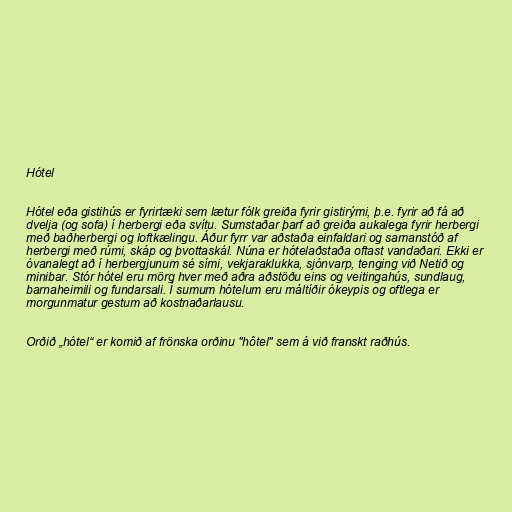
Hótel

Hótel eða gistihús er fyrirtæki sem lætur fólk greiða fyrir gistirými, þ.e. fyrir að fá að
dvelja (og sofa) í herbergi eða svítu. Sumstaðar þarf að greiða aukalega fyrir herbergi
með baðherbergi og loftkælingu. Áður fyrr var aðstaða einfaldari og samanstóð af
herbergi með rúmi, skáp og þvottaskál. Núna er hótelaðstaða oftast vandaðari. Ekki er
óvanalegt að í herbergjunum sé sími, vekjaraklukka, sjónvarp, tenging við Netið og
minibar. Stór hótel eru mörg hver með aðra aðstöðu eins og veitingahús, sundlaug,
barnaheimili og fundarsali. Í sumum hótelum eru máltíðir ókeypis og oftlega er
morgunmatur gestum að kostnaðarlausu.

Orðið „hótel“ er komið af frönska orðinu "hôtel" sem á við franskt raðhús.